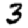
Digit: 3